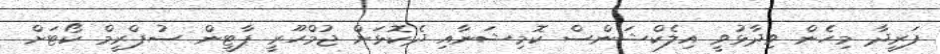
ފަރީދާ މިހެން ވިދާޅުވީ އިލެކްޝަންސް ކޮމިޝަނާއި ދެކޮޅަށް ޖުމްހޫރީ ޕާޓީން ސުޕްރީމް ކޯޓަށް